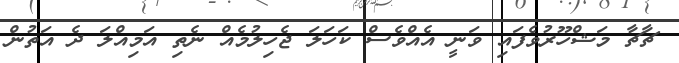
ޗާޗާ މަޝްހޫރުވެފައި ވަނީ އެއްވެސް ކަހަލަ ޖެހިލުމެއް ނެތި އަމިއްލަ ދެ އަތުން